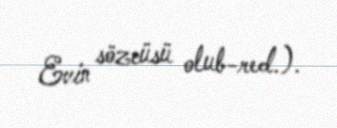
Evin sözcüsü olub-red.).